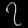
Digit: ၇